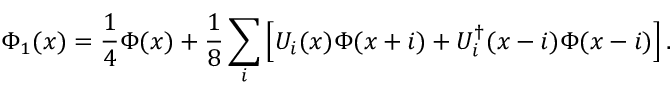
\Phi _ { 1 } ( x ) = \frac { 1 } { 4 } \Phi ( x ) + \frac { 1 } { 8 } \sum _ { i } \Big [ U _ { i } ( x ) \Phi ( x + i ) + U _ { i } ^ { \dagger } ( x - i ) \Phi ( x - i ) \Big ] \, .